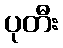
ပုတီး